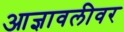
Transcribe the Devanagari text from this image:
आज्ञावलीवर